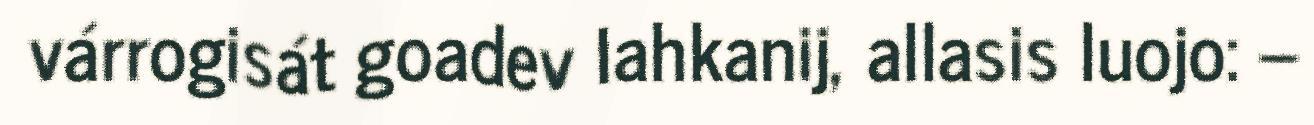
várrogisát goadev lahkanij, allasis luojo: –